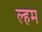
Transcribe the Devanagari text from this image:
ल्हम